Problem: 8 × 9 = ?
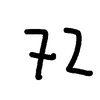
Handwritten answer: 72